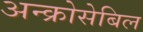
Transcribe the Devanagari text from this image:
अन्क्रोसेबिल